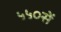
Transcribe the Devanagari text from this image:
५५०सें